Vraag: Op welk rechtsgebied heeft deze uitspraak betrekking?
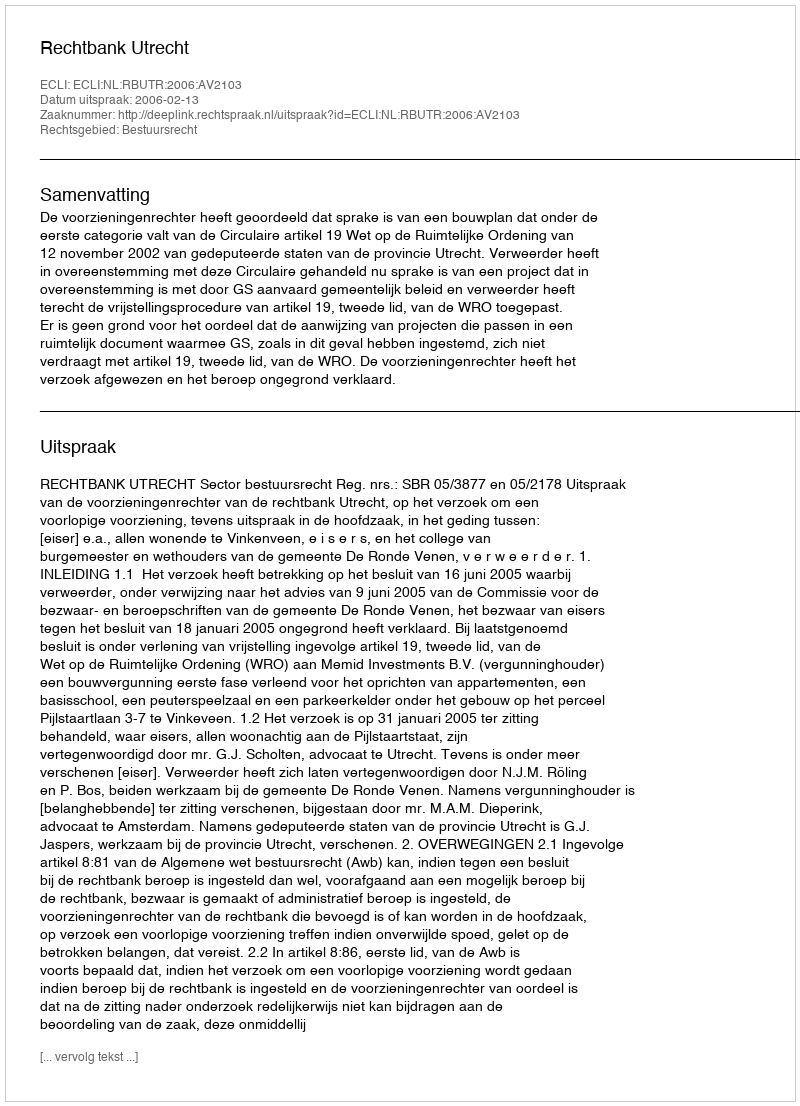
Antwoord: Bestuursrecht